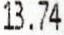
13.74